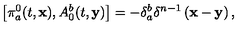
\left[ \pi _ { a } ^ { 0 } ( t , \mathbf { x } ) , A _ { 0 } ^ { b } ( t , \mathbf { y } ) \right] = - \delta _ { a } ^ { b } \delta ^ { n - 1 } \left( \mathbf { x - y } \right) ,